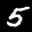
Label: 5